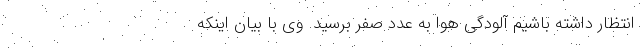
انتظار داشته باشیم آلودگی هوا به عدد صفر برسید. وی با بیان اینکه